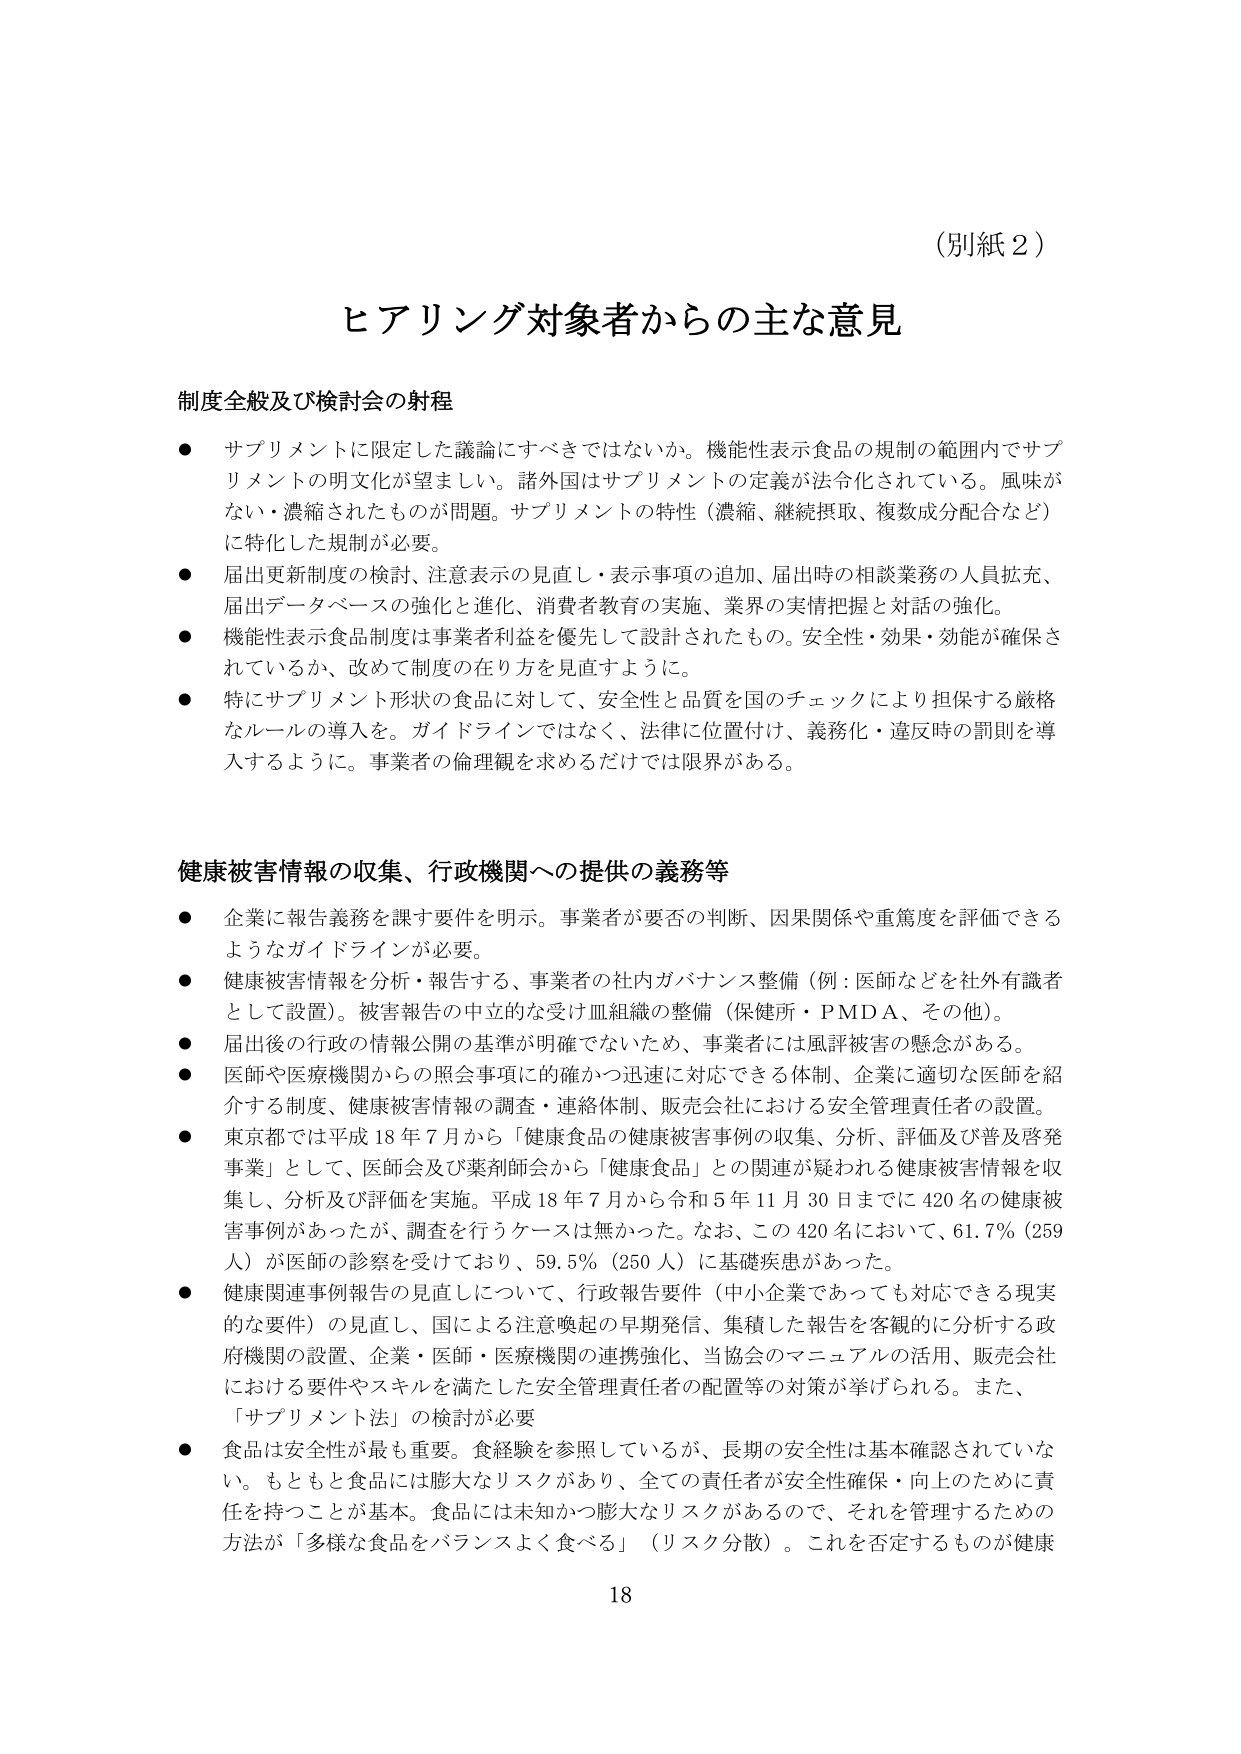
（別紙２）

ヒアリング対象者からの主な意見

制度全般及び検討会の射程
● サプリメントに限定した議論にすべきではないか。機能性表示食品の規制の範囲内でサプリメントの明文化が望ましい。諸外国はサプリメントの定義が法令化されている。風味がない・濃縮されたものが問題。サプリメントの特性（濃縮、継続摂取、複数成分配合など）に特化した規制が必要。
● 届出更新制度の検討、注意表示の見直し・表示事項の追加、届出時の相談業務の人員拡充、届出データベースの強化と進化、消費者教育の実施、業界の実情把握と対話の強化。
● 機能性表示食品制度は事業者利益を優先して設計されたもの。安全性・効果・効能が確保されているか、改めて制度の在り方を見直すように。
● 特にサプリメント形状の食品に対して、安全性と品質を国のチェックにより担保する厳格なルールの導入を。ガイドラインではなく、法律に位置付け、義務化・違反時の罰則を導入するように。事業者の倫理観を求めるだけでは限界がある。

健康被害情報の収集、行政機関への提供の義務等
● 企業に報告義務を課す要件を明示。事業者が要否の判断、因果関係や重篤度を評価できるようなガイドラインが必要。
● 健康被害情報を分析・報告する、事業者の社内ガバナンス整備（例：医師などを社外有識者として設置）。被害報告の中立的な受け皿組織の整備（保健所・PMDA、その他）。
● 届出後の行政の情報公開の基準が明確でないため、事業者には風評被害の懸念がある。
● 医師や医療機関からの照会事項に的確かつ迅速に対応できる体制、企業に適切な医師を紹介する制度、健康被害情報の調査・連絡体制、販売会社における安全管理責任者の設置。
● 東京都では平成18年7月から「健康食品の健康被害事例の収集、分析、評価及び普及啓発事業」として、医師会及び薬剤師会から「健康食品」との関連が疑われる健康被害情報を収集し、分析及び評価を実施。平成18年7月から令和5年11月30日までに420名の健康被害事例があったが、調査を行うケースは無かった。なお、この420名において、61.7％（259人）が医師の診察を受けており、59.5％（250人）に基礎疾患があった。
● 健康関連事例報告の見直しについて、行政報告要件（中小企業であっても対応できる現実的な要件）の見直し、国による注意喚起の早期発信、集積した報告を客観的に分析する政府機関の設置、企業・医師・医療機関の連携強化、当協会のマニュアルの活用、販売会社における要件やスキルを満たした安全管理責任者の配置等の対策が挙げられる。また、「サプリメント法」の検討が必要
● 食品は安全性が最も重要。食経験を参照しているが、長期の安全性は基本確認されていない。もともと食品には膨大なリスクがあり、全ての責任者が安全性確保・向上のために責任を持つことが基本。食品には未知かつ膨大なリスクがあるので、それを管理するための方法が「多様な食品をバランスよく食べる」（リスク分散）。これを否定するものが健康

18